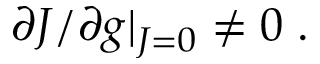
\partial J / \partial g | _ { J = 0 } \neq 0 \; .